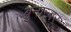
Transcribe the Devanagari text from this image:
ब्रुनान्बर